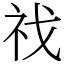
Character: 䄀